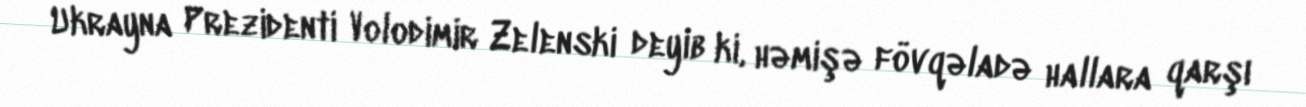
Ukrayna Prezidenti Volodimir Zelenski deyib ki, həmişə fövqəladə hallara qarşı